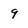
Character: 9